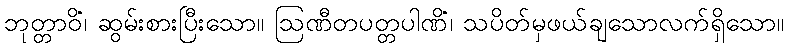
ဘုတ္တာဝိံ၊ ဆွမ်းစားပြီးသော။ ဩဏီတပတ္တပါဏိံ၊ သပိတ်မှဖယ်ချသောလက်ရှိသော။